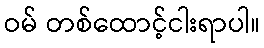
ဝမ် တစ်ထောင့်ငါးရာပါ။